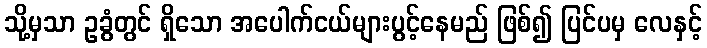
သို့မှသာ ဥခွံတွင် ရှိသော အပေါက်ငယ်များပွင့်နေမည် ဖြစ်၍ ပြင်ပမှ လေနှင့်